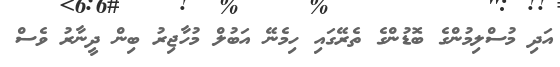
އަދި މުސްލިމުންގެ ބޮޑުންގެ ތެރޭގައި ހިމެނޭ އަބުލް މުހާޖިރު ބިން ދީނާރު ވެސް